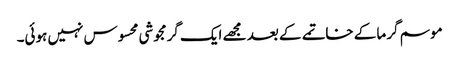
موسم گرما کے خاتمے کے بعد مجھے ایک گرمجوشی محسوس نہیں ہوئی۔